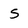
Character: S